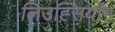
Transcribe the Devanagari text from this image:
लिउह्सियांग